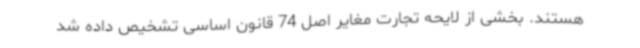
هستند. بخشی از لایحه تجارت مغایر اصل 74 قانون اساسی تشخیص داده شد